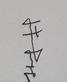
Signature authenticity: genuine